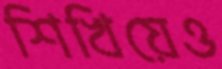
শিখিয়েও